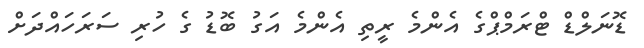
ޑޮނަލްޑް ޓްރަމްޕްގެ އެންމެ ރީތި އެންމެ އަގު ބޮޑު ގެ ހުރި ސަރަހައްދަށް